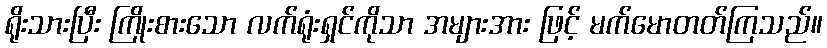
ရိုးသားပြီး ကြိုးစားသော လက်ရုံးရှင်ကိုသာ အများအား ဖြင့် မက်မောတတ်ကြသည်။